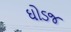
ઘોડજ